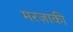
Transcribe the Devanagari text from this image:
मरज़ाकी